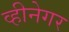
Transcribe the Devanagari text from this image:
व्हीनेगर